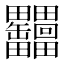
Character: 𦉩